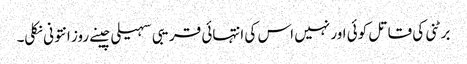
برٹنی کی قاتل کوئی اور نہیں اس کی انتہائی قریبی سہیلی چینے روز انتونی نکلی۔